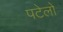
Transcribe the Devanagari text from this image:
पटेलों